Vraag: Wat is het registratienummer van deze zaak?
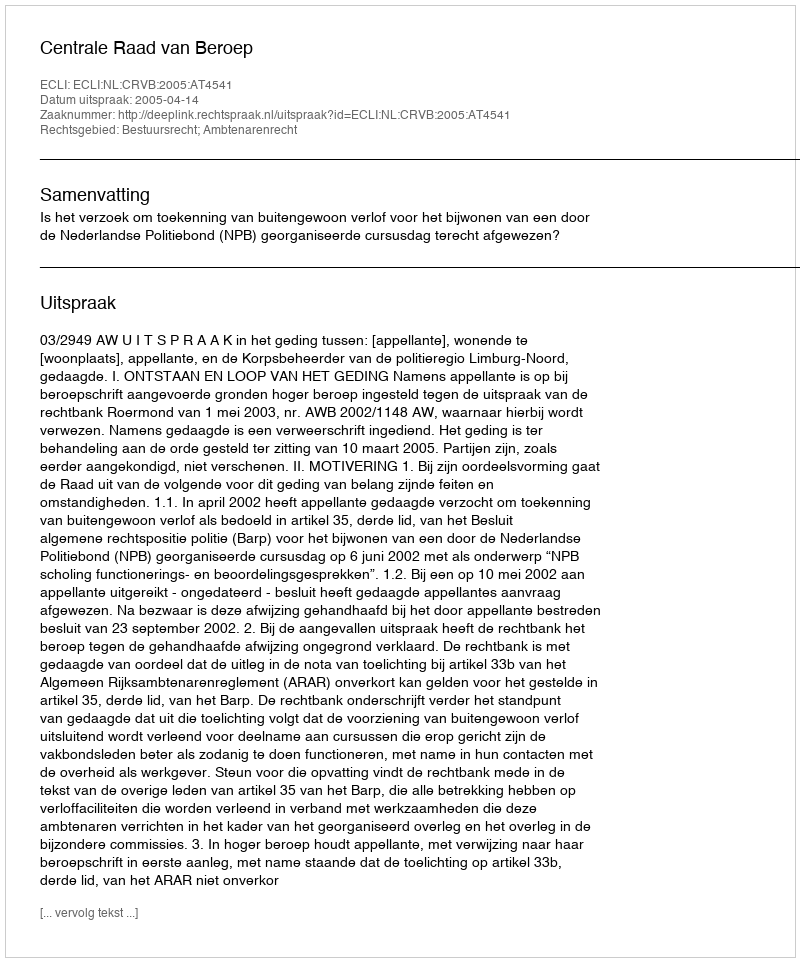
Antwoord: http://deeplink.rechtspraak.nl/uitspraak?id=ECLI:NL:CRVB:2005:AT4541